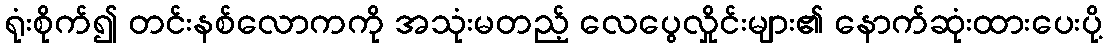
ရုံးစိုက်၍ တင်းနစ်လောကကို အသုံးမတည့် လေပွေလှိုင်းများ၏ နောက်ဆုံးထားပေးပို့